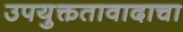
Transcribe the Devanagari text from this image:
उपयुक्ततावादाचा